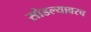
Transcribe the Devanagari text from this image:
सोडल्यावरच